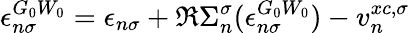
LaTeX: \epsilon_{n\sigma}^{G_{0}W_{0}}=\epsilon_{n\sigma}+\Re\Sigma_{n}^{\sigma}(\epsilon_{n\sigma}^{G_{0}W_{0}})-v_{n}^{xc,\sigma}